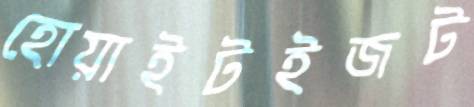
হোয়াইটইজট